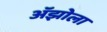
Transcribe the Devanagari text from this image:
अॅझोला